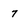
Character: 7